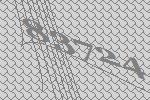
83724